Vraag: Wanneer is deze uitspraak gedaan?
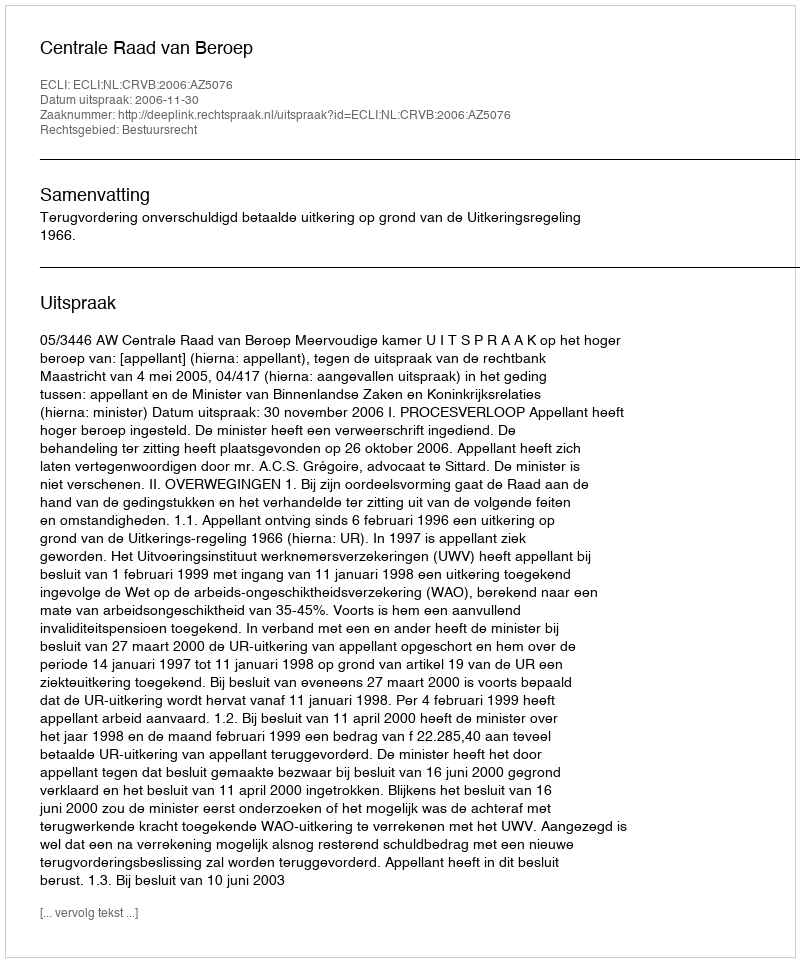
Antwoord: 2006-11-30